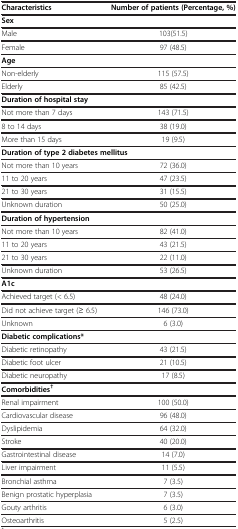
<table><thead><tr><td><b>Characteristics</b></td><td><b>Number of patients (Percentage, %)</b></td></tr></thead><tbody><tr><td colspan="2"><b>Sex</b></td></tr><tr><td>Male</td><td>103(51.5)</td></tr><tr><td>Female</td><td>97 (48.5)</td></tr><tr><td colspan="2"><b>Age</b></td></tr><tr><td>Non-elderly</td><td>115 (57.5)</td></tr><tr><td>Elderly</td><td>85 (42.5)</td></tr><tr><td colspan="2"><b>Duration of hospital stay</b></td></tr><tr><td>Not more than 7 days</td><td>143 (71.5)</td></tr><tr><td>8 to 14 days</td><td>38 (19.0)</td></tr><tr><td>More than 15 days</td><td>19 (9.5)</td></tr><tr><td colspan="2"><b>Duration of type 2 diabetes mellitus</b></td></tr><tr><td>Not more than 10 years</td><td>72 (36.0)</td></tr><tr><td>11 to 20 years</td><td>47 (23.5)</td></tr><tr><td>21 to 30 years</td><td>31 (15.5)</td></tr><tr><td>Unknown duration</td><td>50 (25.0)</td></tr><tr><td colspan="2"><b>Duration of hypertension</b></td></tr><tr><td>Not more than 10 years</td><td>82 (41.0)</td></tr><tr><td>11 to 20 years</td><td>43 (21.5)</td></tr><tr><td>21 to 30 years</td><td>22 (11.0)</td></tr><tr><td>Unknown duration</td><td>53 (26.5)</td></tr><tr><td colspan="2"><b>A1c</b></td></tr><tr><td>Achieved target (&lt; 6.5)</td><td>48 (24.0)</td></tr><tr><td>Did not achieve target (≥ 6.5)</td><td>146 (73.0)</td></tr><tr><td>Unknown</td><td>6 (3.0)</td></tr><tr><td colspan="2"><b>Diabetic complications*</b></td></tr><tr><td>Diabetic retinopathy</td><td>43 (21.5)</td></tr><tr><td>Diabetic foot ulcer</td><td>21 (10.5)</td></tr><tr><td>Diabetic neuropathy</td><td>17 (8.5)</td></tr><tr><td colspan="2"><b>Comorbidities</b><sup><b>†</b></sup></td></tr><tr><td>Renal impairment</td><td>100 (50.0)</td></tr><tr><td>Cardiovascular disease</td><td>96 (48.0)</td></tr><tr><td>Dyslipidemia</td><td>64 (32.0)</td></tr><tr><td>Stroke</td><td>40 (20.0)</td></tr><tr><td>Gastrointestinal disease</td><td>14 (7.0)</td></tr><tr><td>Liver impairment</td><td>11 (5.5)</td></tr><tr><td>Bronchial asthma</td><td>7 (3.5)</td></tr><tr><td>Benign prostatic hyperplasia</td><td>7 (3.5)</td></tr><tr><td>Gouty arthritis</td><td>6 (3.0)</td></tr><tr><td>Osteoarthritis</td><td>5 (2.5)</td></tr></tbody></table>